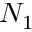
N _ { 1 }